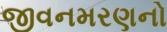
જીવનમરણનો